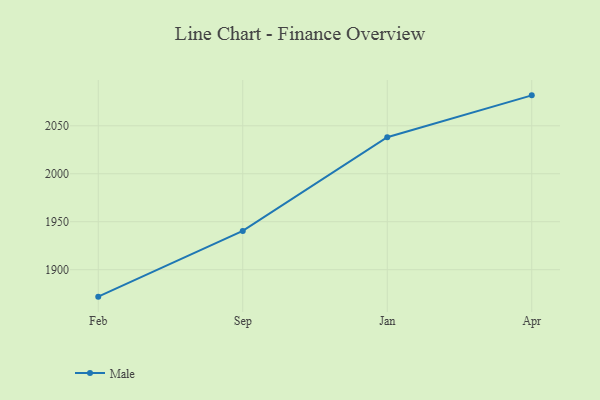
{"axis": {"x": "Month", "y": "Humidity (%)"}, "legend": ["Male"], "data": [{"x": "Feb", "y": 1871.9, "type": "Male"}, {"x": "Sep", "y": 1940.4, "type": "Male"}, {"x": "Jan", "y": 2038.0, "type": "Male"}, {"x": "Apr", "y": 2081.7, "type": "Male"}]}